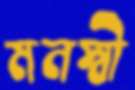
মনস্বী